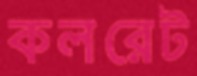
কলরেট